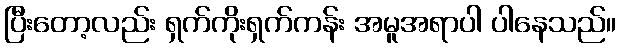
ပြီးတော့လည်း ရှက်ကိုးရှက်ကန်း အမူအရာပါ ပါနေသည်။